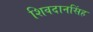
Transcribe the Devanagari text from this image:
शिवदानसिंह